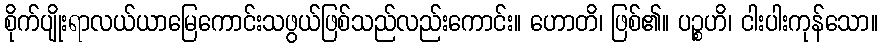
စိုက်ပျိုးရာလယ်ယာမြေကောင်းသဖွယ်ဖြစ်သည်လည်းကောင်း။ ဟောတိ၊ ဖြစ်၏။ ပဉ္စဟိ၊ ငါးပါးကုန်သော။